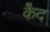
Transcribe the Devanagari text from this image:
कैेद